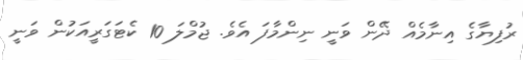
ރުފިޔާގެ އިނާމެއް ދޭން ވަނީ ނިންމާފަ އެވެ. ޖުމްލަ 10 ކެޓަގަރީއަކުން ވަނީ